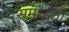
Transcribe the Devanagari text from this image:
समृध्दता